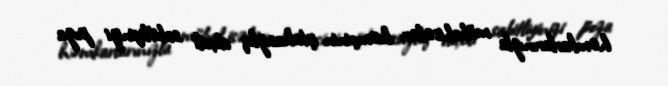
həmkarlarınızla mübahisələr, həmçinin iştahasızlıq daxili sabitliyinizi poza